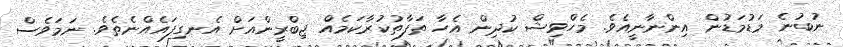
ނުބުނެ މަޑުމަޑުން އިންނާނީއެވެ. މެހްވިޝް ކުދިން އެހާ ތަފާތުކުރާކަމެއް ޖިބްރީންއަށް އެނގިފައެއްނެތެވެ. ނަމަވެސް